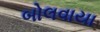
બોલવાયા